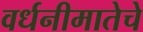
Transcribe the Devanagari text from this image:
वर्धनीमातेचे